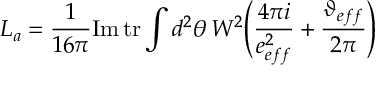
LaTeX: L _ { a } = \frac { 1 } { 1 6 \pi } \mathrm { I m } \, \mathrm { t r } \int d ^ { 2 } \theta \, W ^ { 2 } \Bigg ( \frac { 4 \pi i } { e _ { e f f } ^ { 2 } } + \frac { \vartheta _ { e f f } } { 2 \pi } \Bigg )